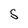
Character: 5